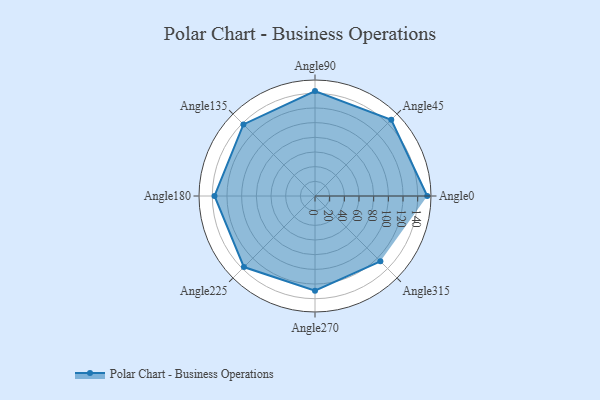
{"axis": {"x": "Angle", "y": "Radius"}, "legend": [""], "data": [{"x": "Angle0", "y": 153.0, "type": ""}, {"x": "Angle45", "y": 147.0, "type": ""}, {"x": "Angle90", "y": 143.0, "type": ""}, {"x": "Angle135", "y": 138.0, "type": ""}, {"x": "Angle180", "y": 137.0, "type": ""}, {"x": "Angle225", "y": 137.0, "type": ""}, {"x": "Angle270", "y": 129.0, "type": ""}, {"x": "Angle315", "y": 126.0, "type": ""}]}